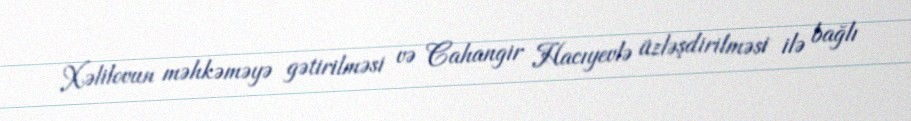
Xəlilovun məhkəməyə gətirilməsi və Cahangir Hacıyevlə üzləşdirilməsi ilə bağlı